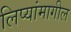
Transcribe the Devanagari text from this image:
लिप्यांमागील